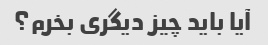
آیا باید چیز دیگری بخرم؟